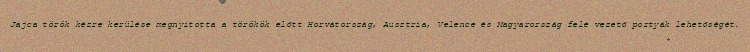
Jajca török kézre kerülése megnyitotta a törökök előtt Horvátország, Ausztria, Velence és Magyarország felé vezető portyák lehetőségét.